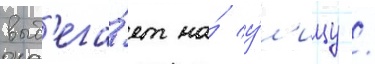
выб'ега́ет на́ у́л'ицу /